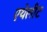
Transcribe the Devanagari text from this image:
एथेलीट